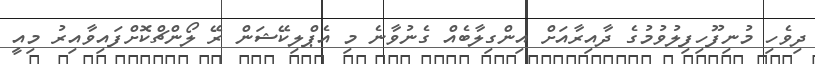
ދިވެހި މުނިފޫހިފިލުވުމުގެ ދާއިރާއަށް އިންގިލާބެއް ގެނުވާނެ މި އެޕްލިކޭޝަން ރޭ ލޯންޗްކޮށްފައިވާއިރު މިއީ